Vaccination North-Western Provinces and Oudh 1878-1895 - 1878-1895
Year: 1878
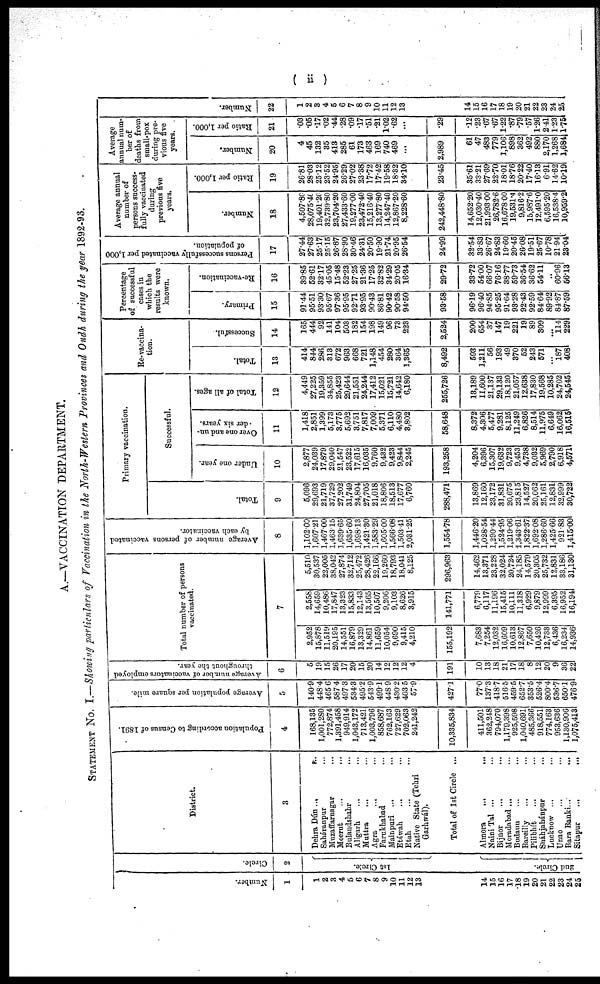
( ii )
A.—VACCINATION DEPARTMENT.
STATEMENT NO. I.—Showing particulars of Vaccination in the North-Western Provinces and Oudh during the year 1892-93.
Number.
1
1
2
3
4
5
6
7
8
9
10
11
12
13
14
15
16
17
18
19
20
21
22
23
24
25
Circle.
2
1st Circle.
2nd Circle.
District.
3
Dehra Dún ...
...
Saháranpur ...
Muzaffarnagar ...
Meerut
...
...
Bulandshahr ... ...
Aligarh ... ...
Muttra ... ...
Agra
... ...
Farukhabad ...
Mainpuri ... ...
Etáwah
... ...
Etah ... ...
Native State (Tehri
Garhwál).
Total of 1st Circle ...
Almora
...
...
Naini Tal ... ...
Bijnor ... ...
Morndabad ... ...
Budaun ... ...
Bareilly ... ...
Pilibhít ... ...
Sháhjahánpur ...
Lucknow ...
...
Unao ... ...
Bara Banki...
...
Sitapur
...
...
Population according to Census of 1891.
4
168,135
1,001,280
772,874
1,391,458
949,914
1,043,172
713,421
1,003,796
858,687
762,163
727,629
702,063
241,242
10,335,834
411,501
362,248
794,070
1,179,398
925,598
1,040,691
485,366
918,551
774,163
953,636
1,130,906
1,075,413
Average population per square mile.
5
140.9
448.4
465.6
587.4
497.3
534.3
495.2
543.9
499.1
448.9
430.2
403.5
57.9
427.1
77.0
137.3
418.7
516.5
459.5
652.7
353.5
526.4
800.4
536.7
650.1
476.9
Average number of vaccinators employed
throughout the year.
6
5
19
15
26
17
20
15
20
14
12
12
12
4
191
10
13
18
21
17
18
8
12
20
9
36
22
Total number of persons
vaccinated.
7
2,952
15,878
11,519
20,195
14,551
16,879
13,329
14,861
11,659
10,054
9,690
9,415
4,210
155,192
7,683
7,254
12,032
16,609
10,613
12,867
7,650
10,426
12,733
6,436
16,234
14,936
2,556
14,659
10,486
17,847
13,323
15,833
12,143
13,565
10,507
9,206
9,103
8,626
3,915
141,771
6,779
6,117
11,196
15,415
10,111
11,318
6,929
9,879
12,999
6,395
16,952
16,194
5,510
30,537
22,005
38,042
27,874
32,712
25,472
28,426
22,166
19,260
18,793
18,041
8,125
296,963
14,462
13,371
23,228
32,024
20,724
24,185
14,579
20,305
25,732
12,831
83,186
31,130
Average number of persons vaccinated
by each vaccinator.
8
1,102.00
1,607.21
1,467.00
1,463.15
1,639.65
1,635.60
1,698.13
1,421.30
1,583.29
1,605.00
1,566.08
1,503.41
2,031.25
1,554.78
1,446.20
1,028.54
1,290.44
1,524.95
1,219.06
1,343.61
1,822.37
1,692.08
1,286.60
1,425.66
921.83
1,415.00
Primary vaccination.
Successful.
Total.
9
5,096
29,693
21,719
37,729
27,202
31,749
24,804
27,705
21,018
18,806
18,513
17,677
6,760
288,471
13,869
12,160
23,172
31,831
20,675
23,815
14,527
20,062
25,161
12,831
32,999
30,722
Under one year.
10
2,877
24,039
17,879
29,040
21,547
23,522
17,615
16,035
9,760
9,432
9,423
9,844
2,245
193,258
4,204
6,396
15,307
19,632
9,723
9,453
4,738
9,032
5,969
2,790
6,918
4,571
Over one and un-
der six years.
11
1,418
2,851
1,399
5,173
3,775
5,692
3,751
7,817
7,009
5,371
6,110
4,480
3,802
58,648
8,372
4,306
5,477
9,281
8,125
11,249
6,826
8,514
11,975
6,649
16,062
16,515
Total of all ages.
12
4,449
27,225
19,359
34,855
25,423
29,644
21,551
24,244
17,412
15,021
15,721
14,642
6,180
255,726
13,189
11,600
21,137
29,133
18,120
21,057
12,638
17,830
19,568
10,285
24,702
24,545
Re-vaccina-
tion.
Total.
13
414
844
286
313
672
963
668
721
1,148
454
280
364
1,365
8,492
593
1,211
56
193
49
370
52
243
571
...
187
408
Successful.
14
165
444
92
141
104
503
182
154
198
149
96
73
223
2,524
200
654
37
147
19
221
19
89
309
...
114
229
Percentage
of successful
cases in
which the
results were
known,
Primary.
15
91.44
95.51
93.30
95.67
97.36
95.95
92.71
93.95
90.43
86.81
90.42
90.58
94.50
93.58
96.19
96.40
94.85
95.25
91.64
93.28
92.43
92.59
84.64
89.92
84.87
87.59
Re-vaccination.
16
39.85
52.61
32.17
45.05
15.48
52.23
27.25
21.36
17.25
32.82
34.29
20.05
16.34
29.72
33.72
54.00
66.07
76.16
38.77
59.73
36.54
36.62
54.11
...
60.96
56.13
Persons successfully vaccinated per 1,000
of population.
17
27.44
27.63
25.17
25.15
26.87
28.90
30.46
24.31
20.50
19.90
21.74
20.95
26.54
24.99
32.54
33.83
26.67
24.83
19.60
20.45
26.08
19.51
25.67
10.78
21.94
23.04
Average annual
number of
persons success-
fully vaccinated
during
previous five
years.
Number.
18
4,507.80
28,075.40
19,401.20
32,739.80
23,704.20
27,433.60
19,277.00
23,472.40
15,216.40
13,277.80
14,247.40
12,867.20
8,228.60
242,448.80
14,652.20
12,030.00
21,993.00
26,782.6
16,678.00
19,531.4
9,816.2
15,987.6
12,491.0
6,595.20
16,538.4
10,959.2
Ratio per 1,000.
19
26.81
28.03
25.12
23.52
24.95
26.29
27.02
23.38
17.72
17.42
19.58
18.32
34.10
23.45
35.61
33.21
27.69
22.70
18.01
18.76
20.22
17.40
16.13
6.91
14.62
10.19
Average
annual num
ber of
deaths from
small-pox
during pre-
vious five
years.
Number.
20
4
45
132
35
413
285
61
173
463
169
740
469
...
2,989
61
47
483
779
1,106
898
362
492
880
2,170
1,268
1,684
Ratio per 1,000.
21
.03
.05
.17
.02
.44
.28
.09
.17
.51
.21
1.02
.62
...
.29
.12
.23
.67
.67
1.22
.87
.79
.57
1.26
2.41
1.23
1.75
Numbe r
.
22
1
2
3
4
5
6
7
8
9
10
11
12
13
14
15
16
17
18
19
20
21
22
23
24
25